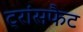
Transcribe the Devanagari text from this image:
ट्रांसफैट